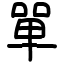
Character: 單